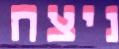
ניצח